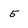
Character: 5